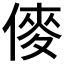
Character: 𠍅